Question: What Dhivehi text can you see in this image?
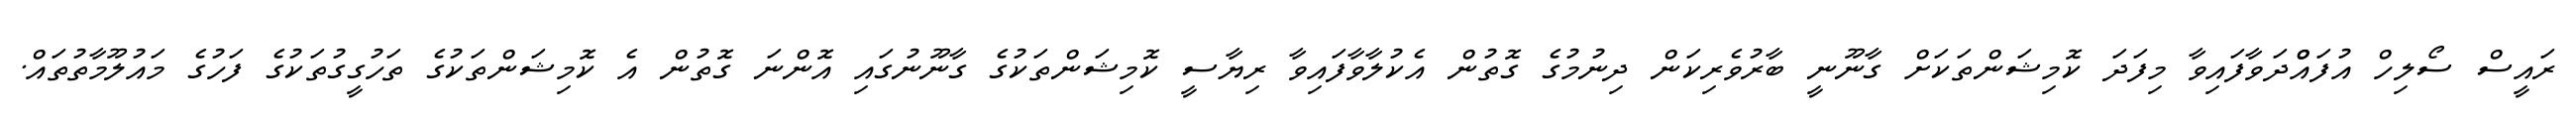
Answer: ރައީސް ސޯލިހް އުފައްްދަވާފައިވާ މިފަދަ ކޮމިޝަންތަކަށް ގާނޫނީ ބާރުވެރިކަން ދިނުމުގެ ގޮތުން އެކުލާވާފައިވާ ރިޔާސީ ކޮމިޝަންތަކުގެ ގާނޫނުގައި އޮންނަ ގޮތުން އެ ކޮމިޝަންތަކުގެ ތަހުގީގުތަކުގެ ފަހުގެ މައުލޫމާތުތައް.